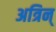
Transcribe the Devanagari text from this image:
अत्रिन्